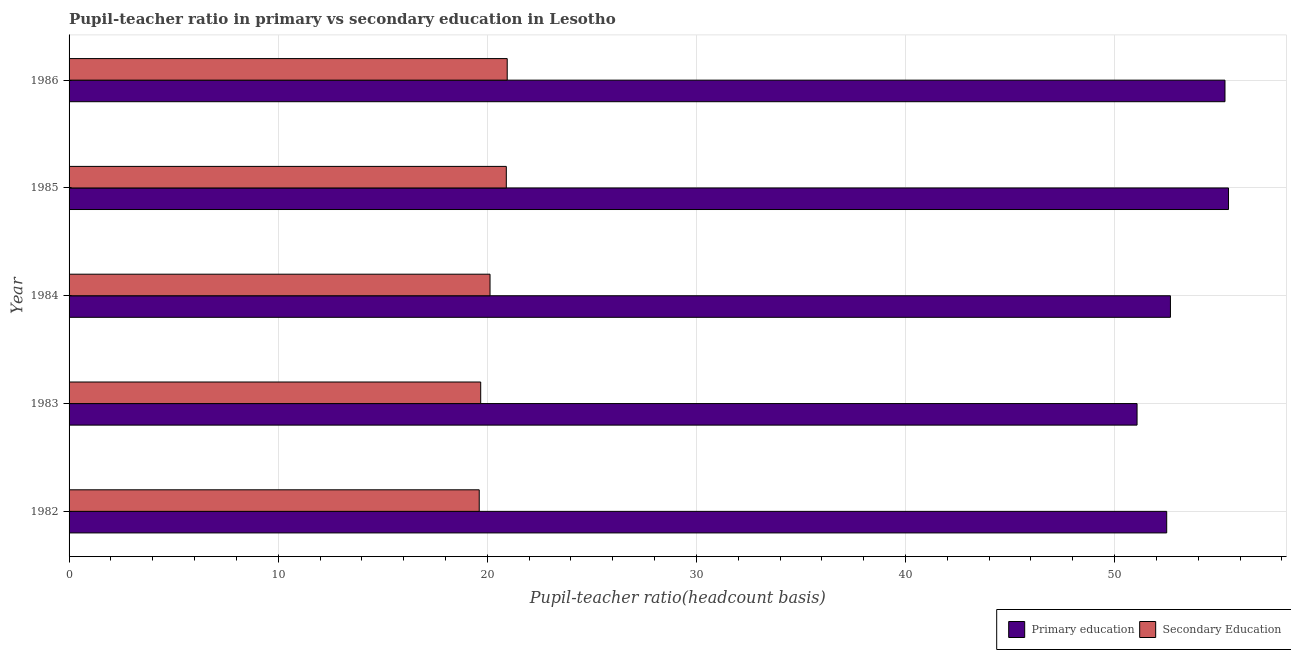
| Year | Primary education | Secondary Education |
 | --- | --- | --- |
 | 1982 | 52.5 | 19.6 |
 | 1983 | 51.1 | 19.7 |
 | 1984 | 52.7 | 20.1 |
 | 1985 | 55.4 | 20.9 |
 | 1986 | 55.3 | 21 |